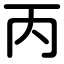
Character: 丙